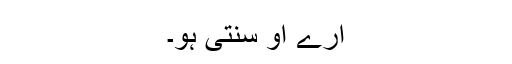
ارے او سنتی ہو۔